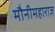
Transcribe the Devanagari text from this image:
मौनीमहाराज